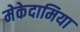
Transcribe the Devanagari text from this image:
मेकेदामिया